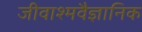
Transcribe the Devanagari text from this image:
जीवाश्मवैज्ञानिक